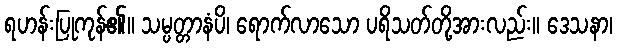
ရဟန်းပြုကုန်၏။ သမ္ပတ္တာနံပိ၊ ရောက်လာသော ပရိသတ်တို့အားလည်း။ ဒေသနာ၊